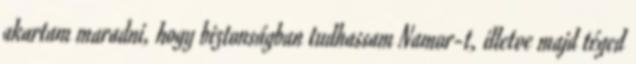
akartam maradni, hogy biztonságban tudhassam Namor-t, illetve majd téged